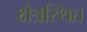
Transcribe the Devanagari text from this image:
क्षेत्रस्थित